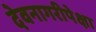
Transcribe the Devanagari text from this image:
देवनागरीपेक्षा